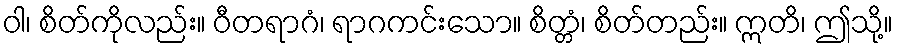
ဝါ၊ စိတ်ကိုလည်း။ ဝီတရာဂံ၊ ရာဂကင်းသော။ စိတ္တံ၊ စိတ်တည်း။ ဣတိ၊ ဤသို့။